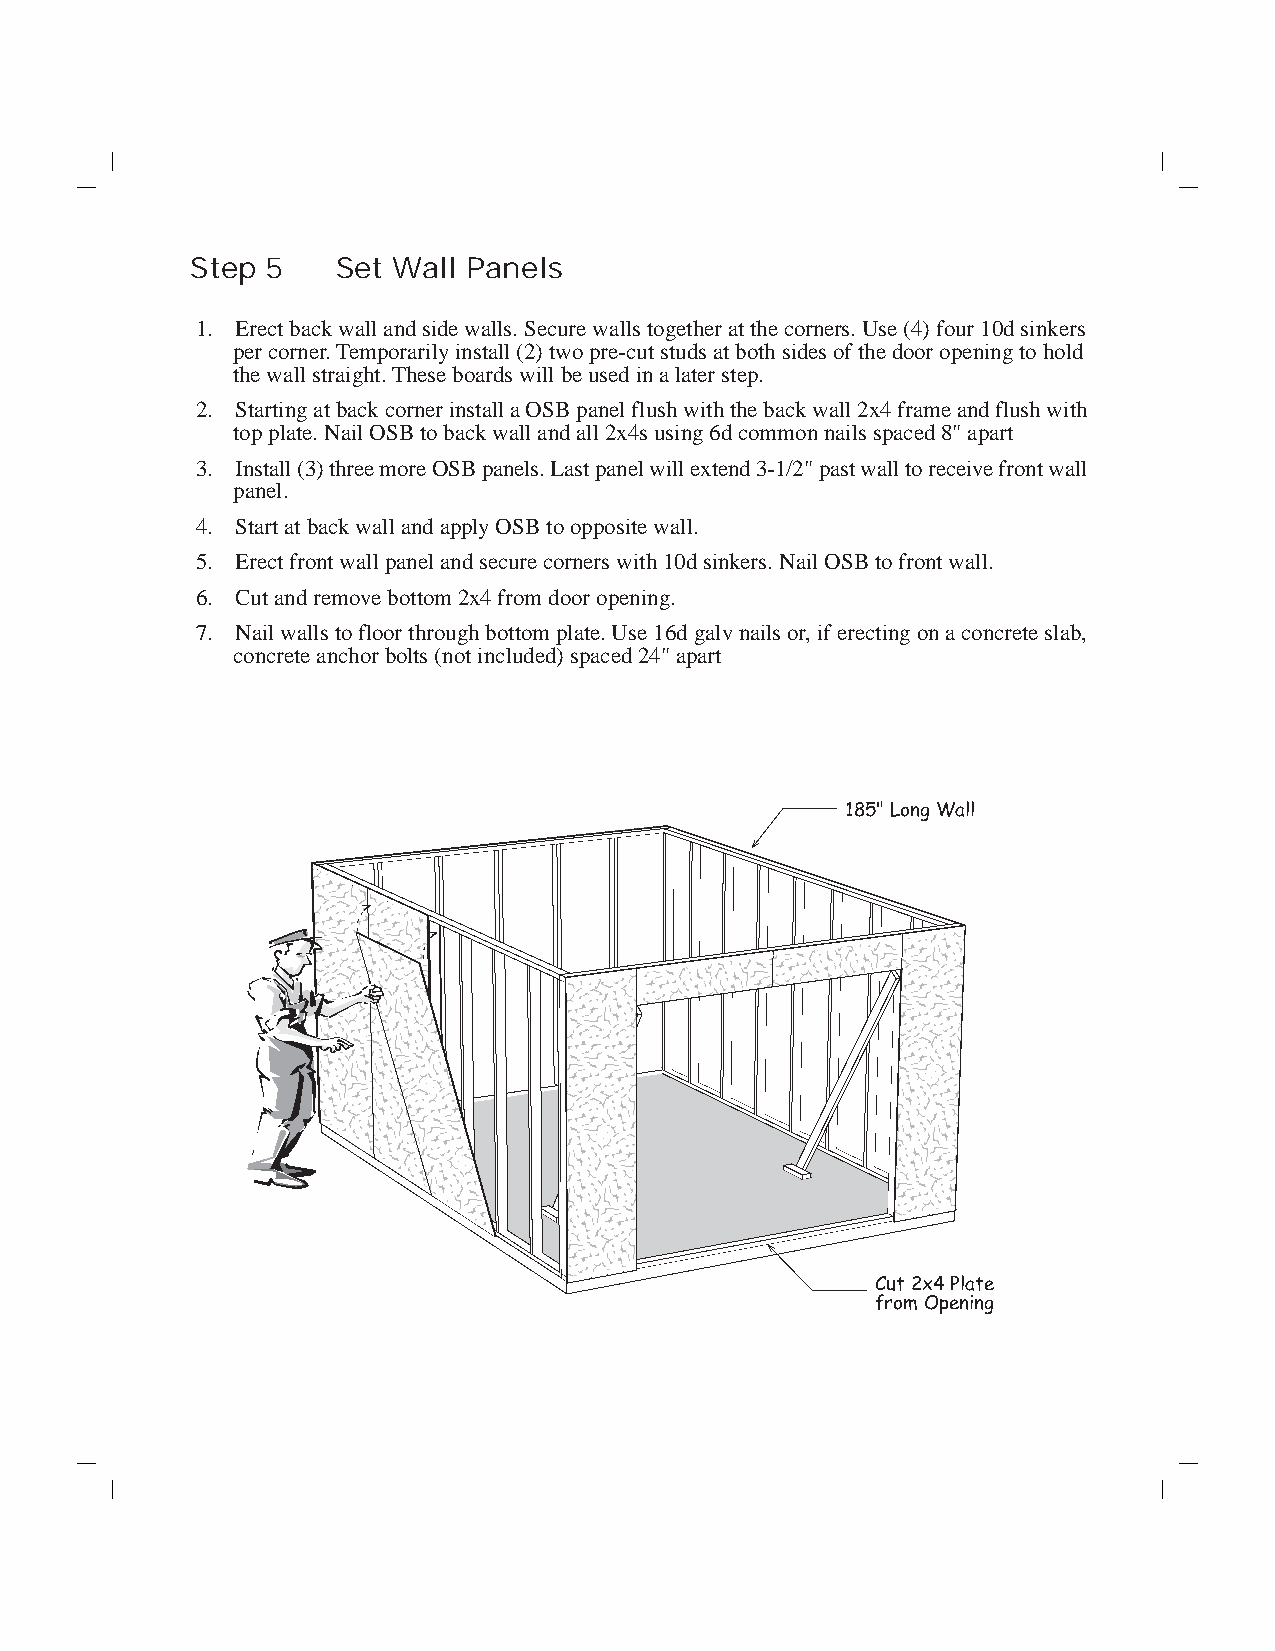
Step 5   Set Wall Panels
 1. Erect back wall and side walls. Secure walls together at the corners. Use (4) four 10d sinkers
 per corner. Temporarily install (2) two pre-cut studs at both sides of the door opening to hold
 the wall straight. These boards will be used in a later step.
 2. Starting at back corner install a OSB panel flush with the back wall 2x4 frame and flush with
 top plate. Nail OSB to back wall and all 2x4s using 6d common nails spaced 8" apart
 3. Install (3) three more OSB panels. Last panel will extend 3-1/2" past wall to receive front wall
 panel.
 4. Start at back wall and apply OSB to opposite wall.
 5. Erect front wall panel and secure corners with 10d sinkers. Nail OSB to front wall.
 6. Cut and remove bottom 2x4 from door opening.
 7. Nail walls to floor through bottom plate. Use 16d galv nails or, if erecting on a concrete slab,
 concrete anchor bolts (not included) spaced 24" apart
 185" Long Wall
 Cut 2x4 Plate
 from Opening